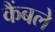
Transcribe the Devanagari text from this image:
कैंबले